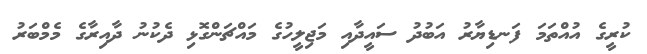
ކުރީގެ އުއްތަމަ ފަނޑިޔާރު އަބުދު ސައީދާއި މަޖިލީހުގެ މައްޗަންގޮޅި ދެކުނު ދާއިރާގެ މެމްބަރު